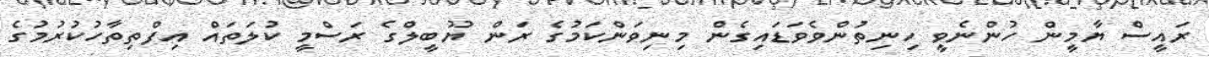
ރައީސް ޔާމީން ހުންނެވީ ހިނިތުންވެވަޑައިގެން މިނިވަންކަމުގެ ރަން ޔޫބީލްގެ ރަސްމީ ކުލަތައް އިފްތިތާހުކުރުމުގެ